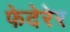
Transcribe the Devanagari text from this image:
फेदेरेर